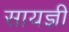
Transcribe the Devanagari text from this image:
सायज्ञी